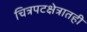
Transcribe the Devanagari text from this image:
चित्रपटक्षेत्रातही